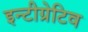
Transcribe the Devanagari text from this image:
इन्टीग्रेटिव